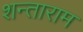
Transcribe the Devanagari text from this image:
शन्ताराम